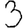
Digit: 3